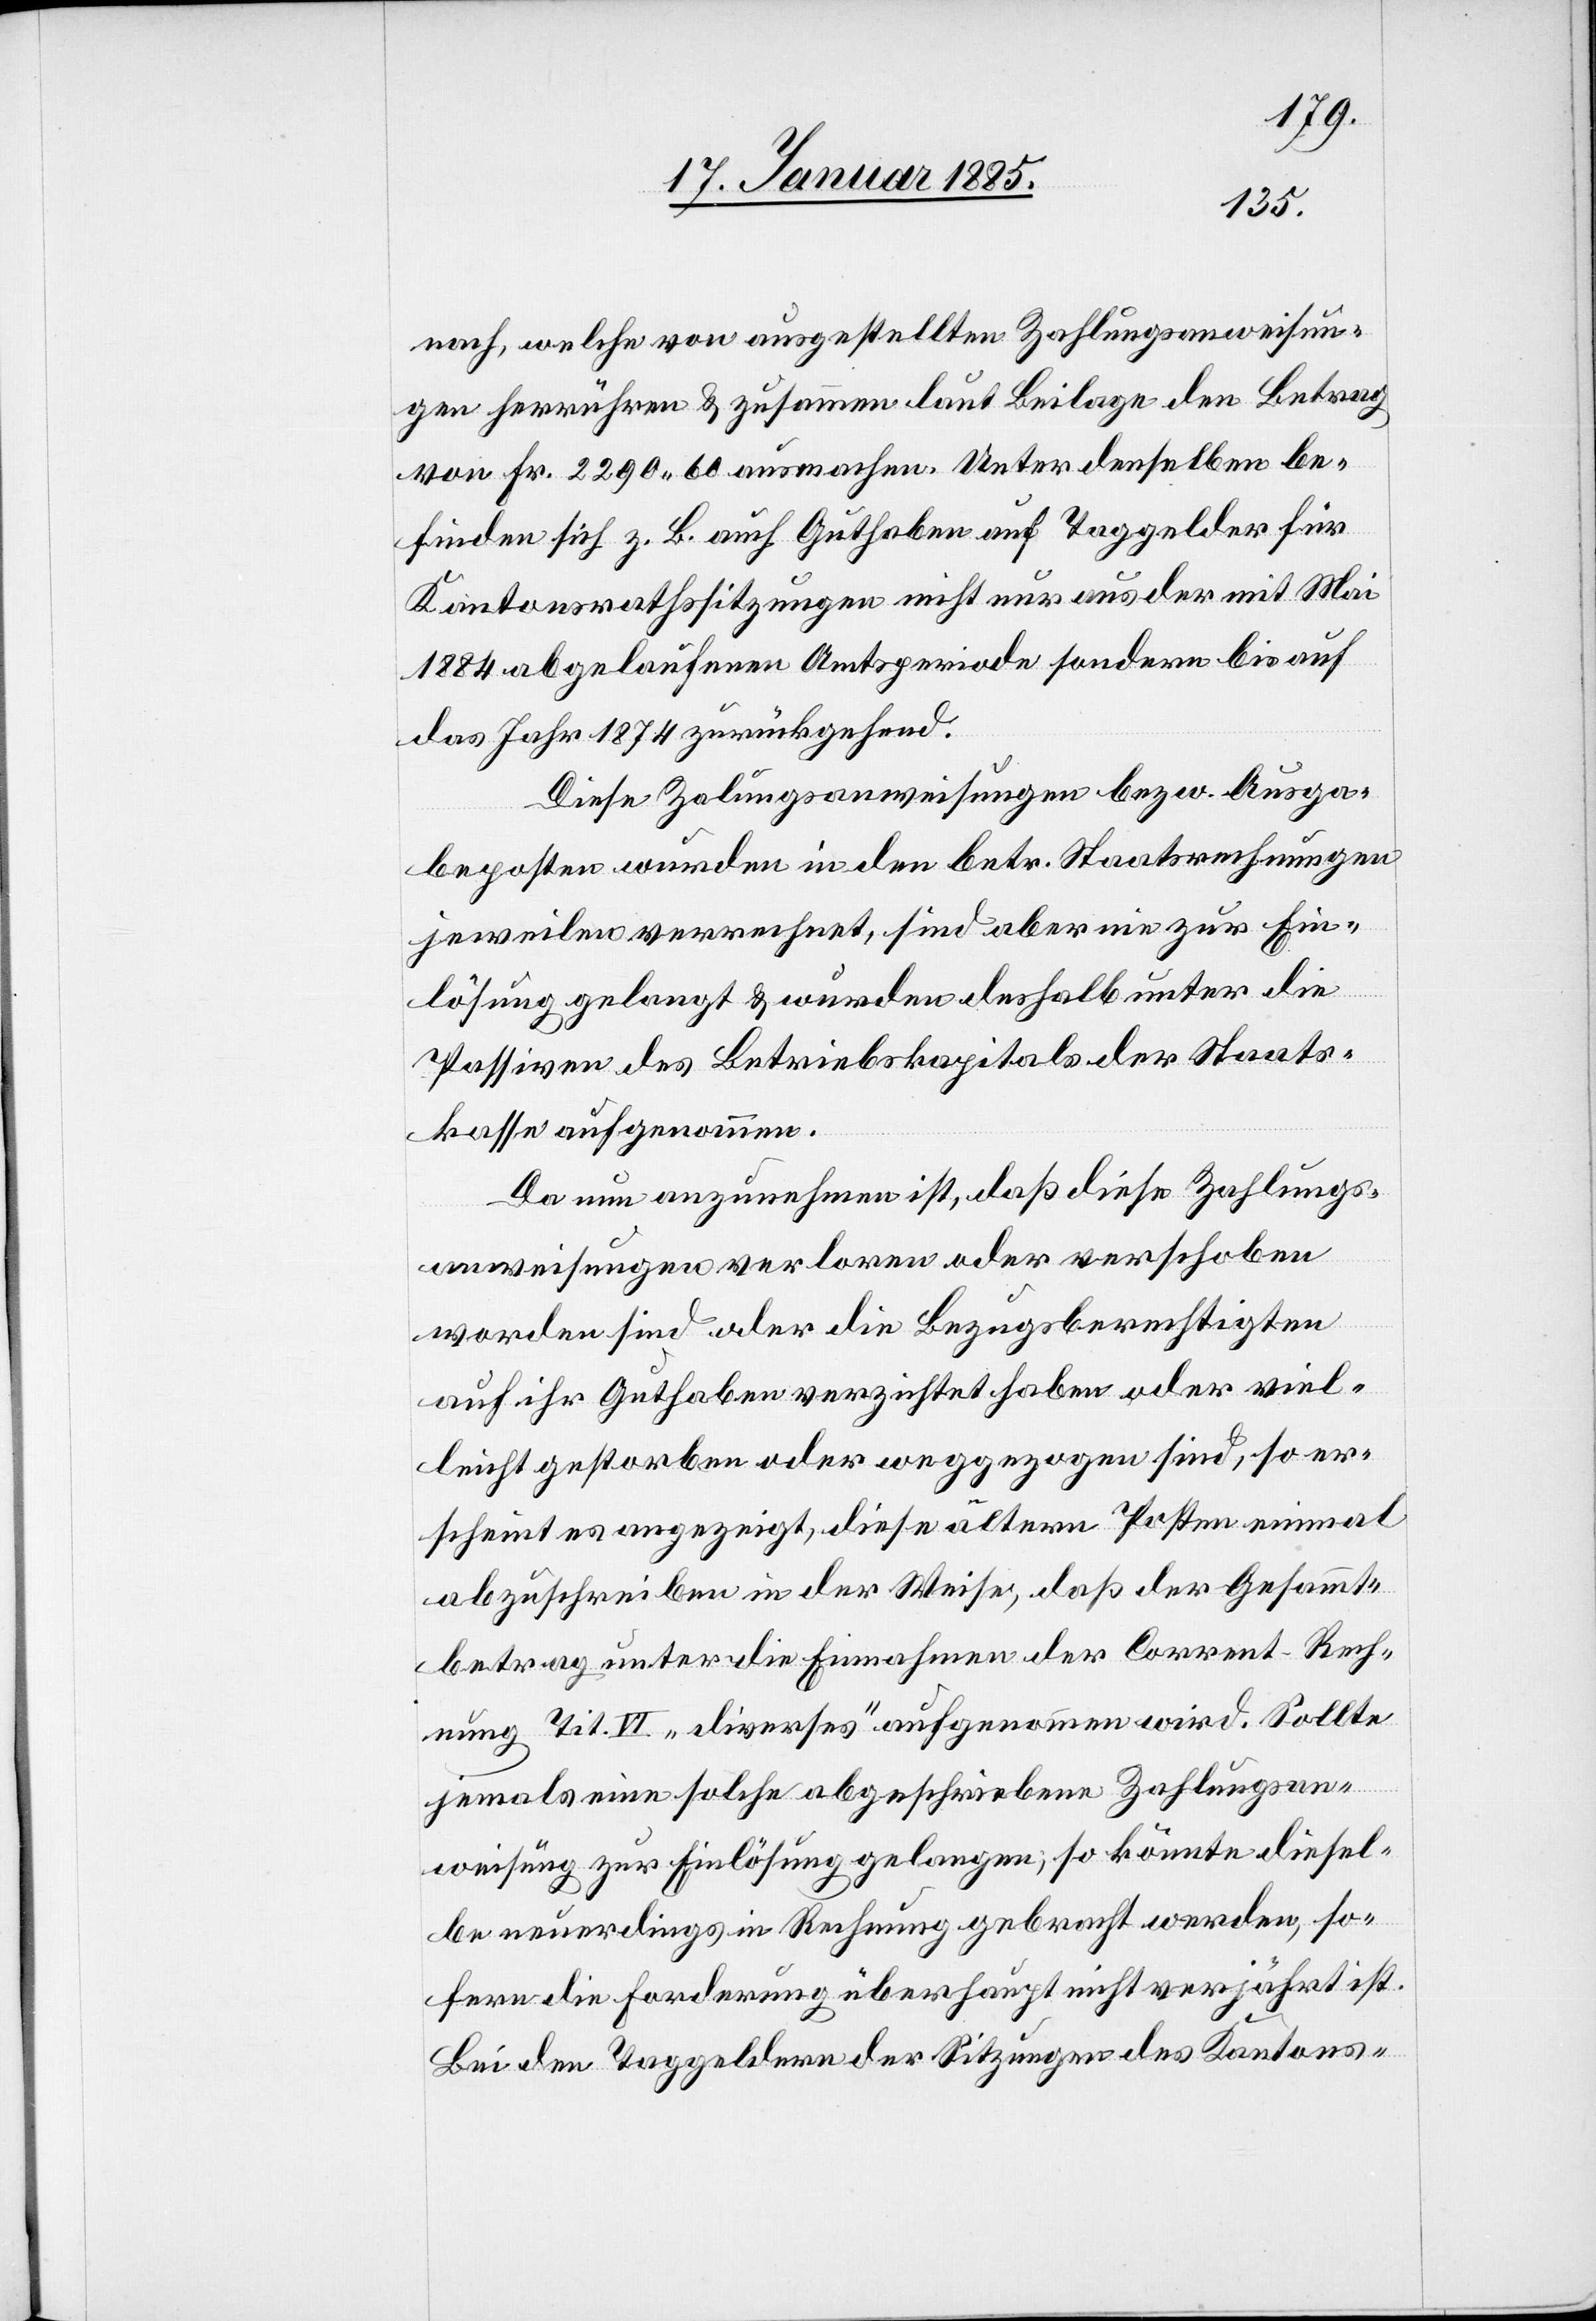
nach, welche von angestellten Zahlungsansweisun¬
gen herrühren & zusammen laut Beilage den Betrag
von Fr. 2290 60 ausmachen. Unter denselben be¬
finden sich z. B. auch Guthaben auf Taggelder für
Kantonsrathssitzungen nicht nur aus der mit Mai
1884 abgelaufenen Amtsperiode sondern bis auf
das Jahr 1874 zurückgehend.
Diese Za[h]lungsanweisungen bezw. Ausga¬
beposten wurden in den betr. Staatsrechnungen
jeweilen verrechnet, sind aber nie zur Ein¬
lösung gelangt & wurden deshalb unter die
Passiven des Betriebskapitals der Staats¬
kasse aufgenommen.
Da nun anzunehmen ist, daß diese Zahlungs¬
anweisungen verloren oder verschoben
worden sind oder die Bezugsberechtigten
auf ihr Guthaben verzichtet haben oder viel¬
leicht gestorben oder weggezogen sind, so er¬
scheint es angezeigt, diese ältern Posten einmal
abzuschreiben in der Weise, daß der Gesammt¬
betrag unter die Einnahmen der Corrent-Rech¬
nung Tit. VI „diverses“ aufgenommen wird. Sollte
jemals eine solche abgeschriebene Zahlungsan¬
weisung zur Einlösung gelangen, so könnte diesel¬
be neuerdings in Rechnung gebracht werden, so¬
fern die Forderung überhaupt nicht verjährt ist.
Bei den Taggeldern der Sitzungen des Kantons-